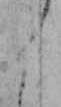
く